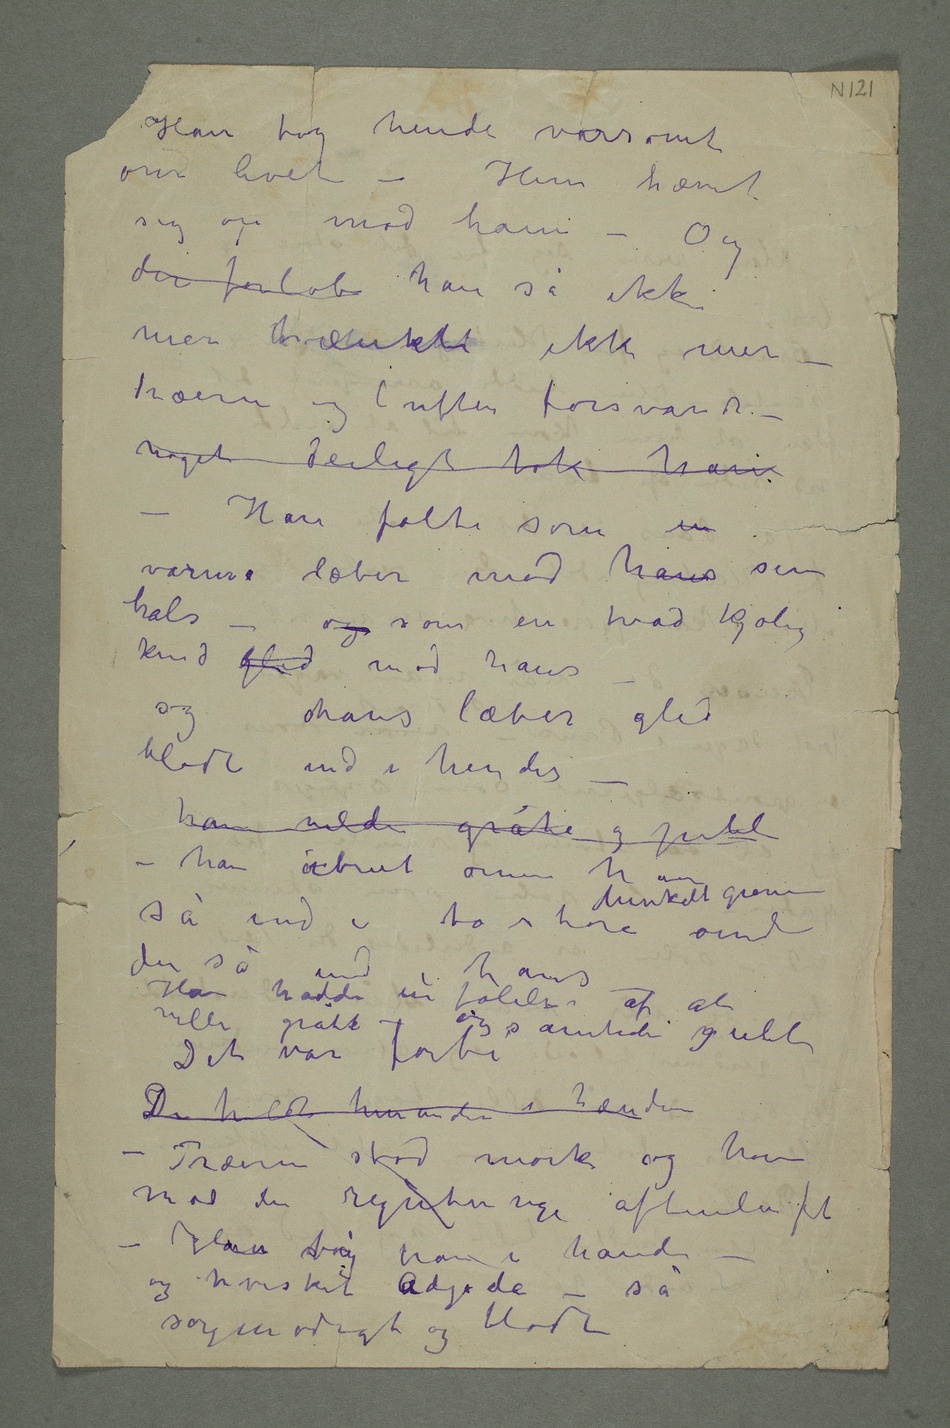
Han tog hende varsomt
om livet – Hun hævet
sig op mod ham – Og
der forløb han så ikke
træerne og luften forsvandt –
noget deiligt tok ham
– Han følte som en
varme læber mod hans sin
hals
– og som en våd kjølig
kind gled mod hans –
og hans læber gled
blødt ind i hendes –
han vilde gråte og juble –
så ind i to store dunkelt grønne
der så ind i hans
– Han hadde en følelse af at
ville gråte – og samlede gull
Det var forbi
Træerne stod mørke og høie
mod den regntunge aftenluft –
og hvisket aAdjø da – så
sørgmodigt og blødt